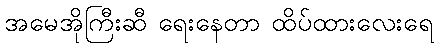
အမေအိုကြီးဆီ ရေးနေတာ ထိပ်ထားလေးရေ